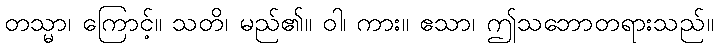
တသ္မာ၊ ကြောင့်။ သတိ၊ မည်၏။ ဝါ၊ ကား။ ဧသာ၊ ဤသဘောတရားသည်။